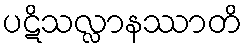
ပဋိသလ္လာနဿာတိ